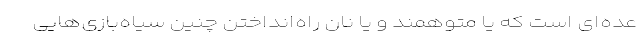
عده‌ای است که یا متوهمند و یا نان راه‌انداختن چنین سیاه‌بازی‌هایی